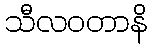
သီလဝတာနိ